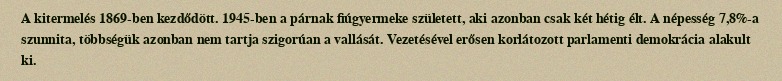
A kitermelés 1869-ben kezdődött. 1945-ben a párnak fiúgyermeke született, aki azonban csak két hétig élt. A népesség 7,8%-a szunnita, többségük azonban nem tartja szigorúan a vallását. Vezetésével erősen korlátozott parlamenti demokrácia alakult ki.